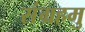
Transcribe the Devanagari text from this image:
संग्रहमु